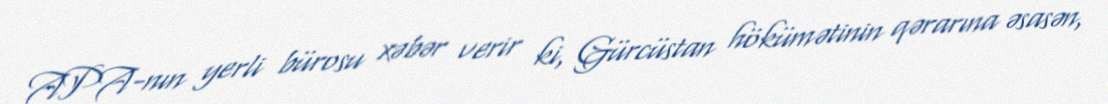
APA-nın yerli bürosu xəbər verir ki, Gürcüstan hökümətinin qərarına əsasən,